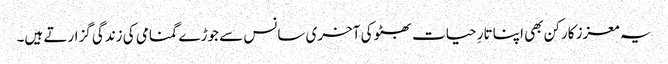
یہ معزز کارکن بھی اپنا تارِ حیات بھٹو کی آخری سانس سے جوڑے گمنامی کی زندگی گزارتے ہیں۔